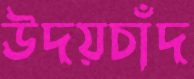
উদয়চাঁদ